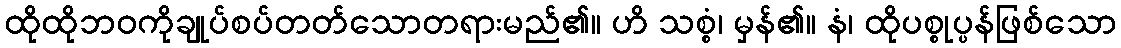
ထိုထိုဘဝကိုချုပ်စပ်တတ်သောတရားမည်၏။ ဟိ သစ္စံ၊ မှန်၏။ နံ၊ ထိုပစ္စုပ္ပန်ဖြစ်သော